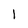
Character: 1